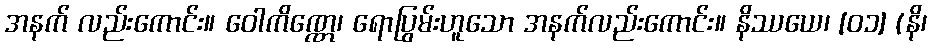
အနက် လည်းကောင်း။ ဝေါကိဏ္ဏေ၊ ရောပြွမ်းဟူသော အနက်လည်းကောင်း။ နိဿယေ၊ [၀၁] (နိ၊